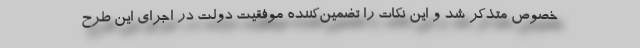
خصوص متذکر شد و این نکات را تضمین‌کننده موفقیت دولت در اجرای این طرح